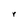
Character: r